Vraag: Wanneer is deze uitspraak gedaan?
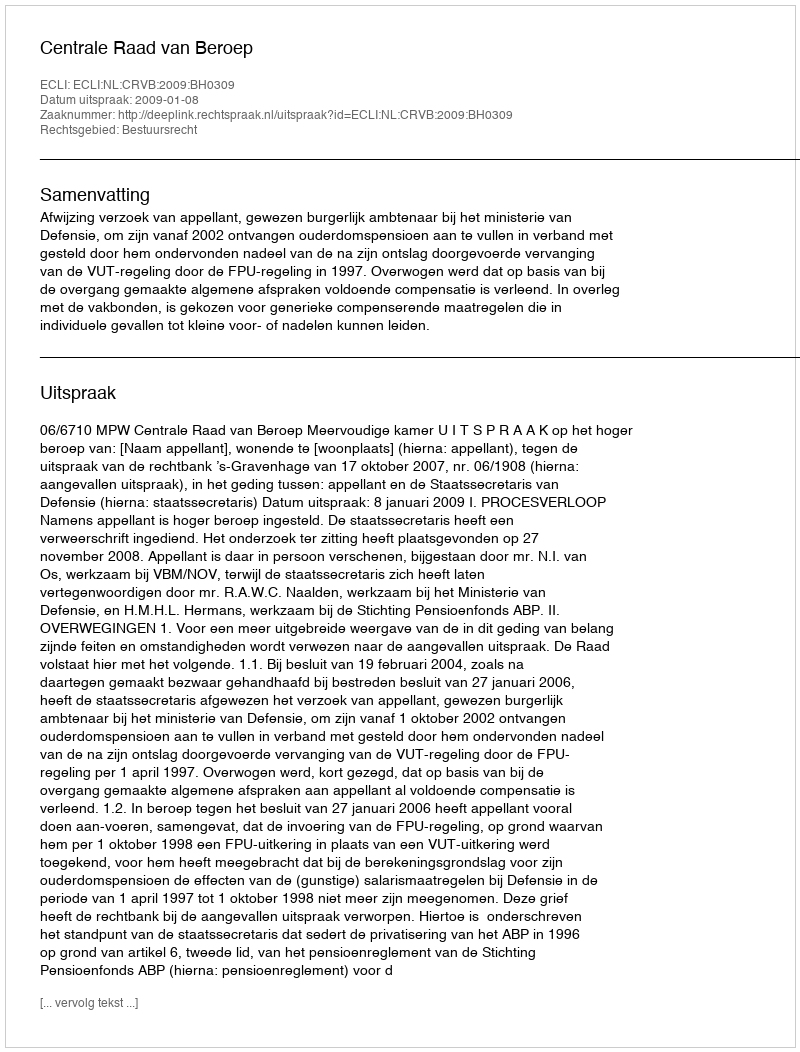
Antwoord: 2009-01-08